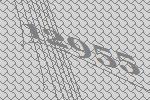
12955